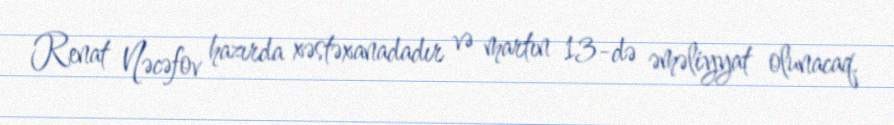
Renat Nəcəfov hazırda xəstəxanadadır və martın 13-də əməliyyat olunacaq.